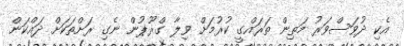
އެކި ދުވަސްވަރު މަތިން ތަރައްގީ ކުރުމަށް ވިލާ ގްރޫޕުން ނެގި ރަށްތަކަށް ދައްކަން